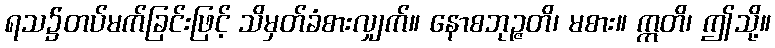
ရသ၌တပ်မက်ခြင်းဖြင့် သိမှတ်ခံစားလျှက်။ နောစဘုဉ္ဇတိ၊ မစား။ ဣတိ၊ ဤသို့။